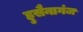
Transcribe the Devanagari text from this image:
हुसैनागंज